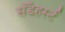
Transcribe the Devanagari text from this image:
सॅँडहर्स्ट